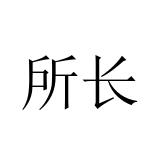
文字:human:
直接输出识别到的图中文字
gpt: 所长